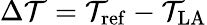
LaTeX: \Delta\mathcal{T}=\mathcal{T}_{\mathrm{{ref}}}-\mathcal{T}_{\mathrm{{LA}}}